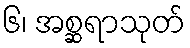
၆၊ အစ္ဆရာသုတ်